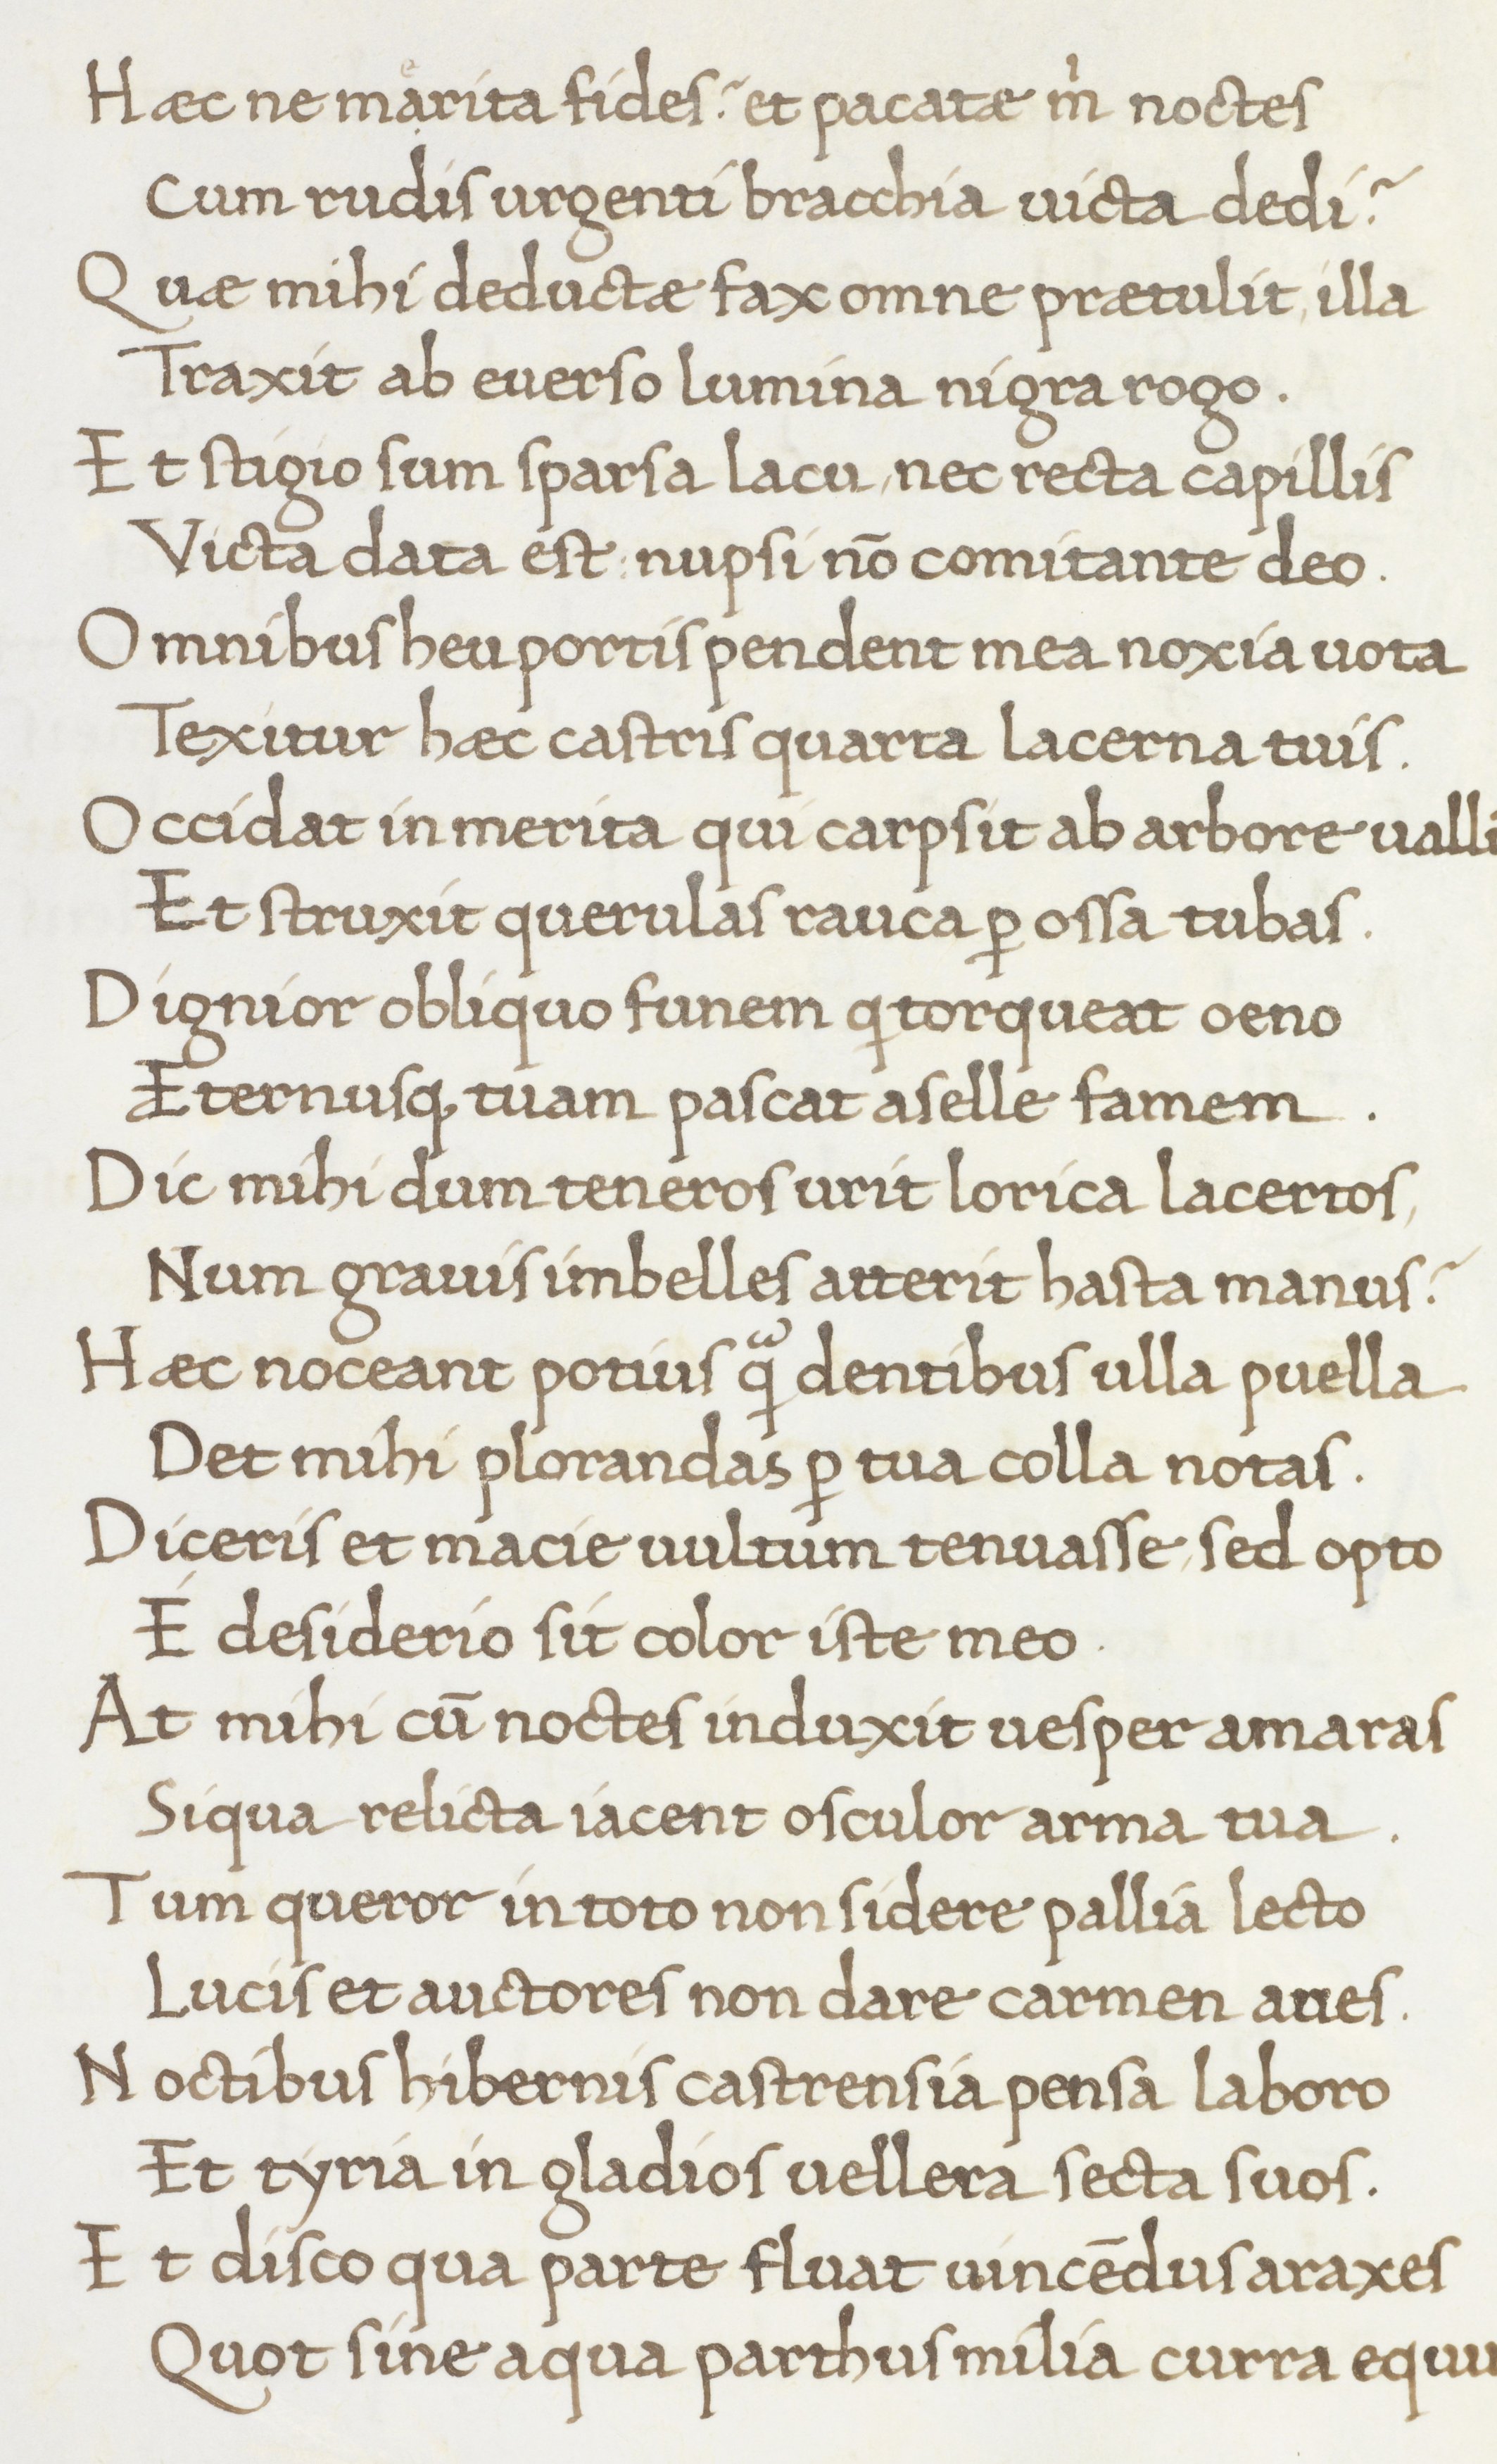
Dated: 1466–1466